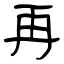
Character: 再